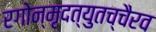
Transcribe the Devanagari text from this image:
रगोन्मृदत्युतच्चैरव